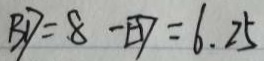
B D = 8 - E D = 6 . 2 5